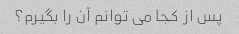
پس از کجا می توانم آن را بگیرم؟